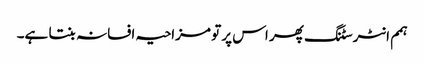
ہمم انٹرسٹنگ پھر اس پر تو مزاحیہ افسانہ بنتا ہے۔